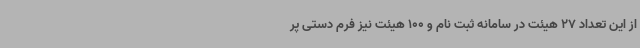
از این تعداد 27 هیئت در سامانه ثبت نام و 100 هیئت نیز فرم دستی پر